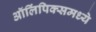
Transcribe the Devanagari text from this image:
ऑलिंपिक्समध्ये